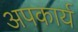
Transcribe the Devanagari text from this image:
अपकार्य